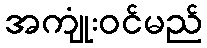
အကျုံးဝင်မည်